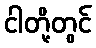
ငါတို့တွင်